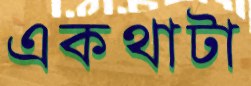
একথাটা